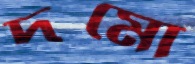
দমো